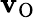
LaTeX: \mathbf{v}_{\mathrm{{O}}}